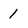
Character: 1